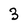
Character: 3